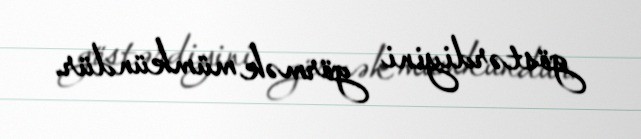
göstərdiyini görmək mümkündür.